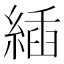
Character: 𦂉